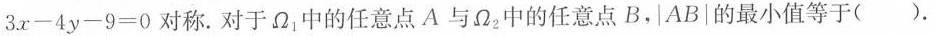
$$3x-4y-9=0$$对称. 对于\Omega _{1}中的任意点A与\Omega _{2}中的任意点B，|AB|的最小值等于( ).